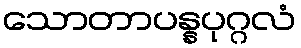
သောတာပန္နပုဂ္ဂလံ